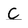
Character: C